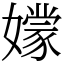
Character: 𡣘